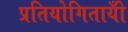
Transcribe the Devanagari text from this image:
प्रतियोगितायोँ